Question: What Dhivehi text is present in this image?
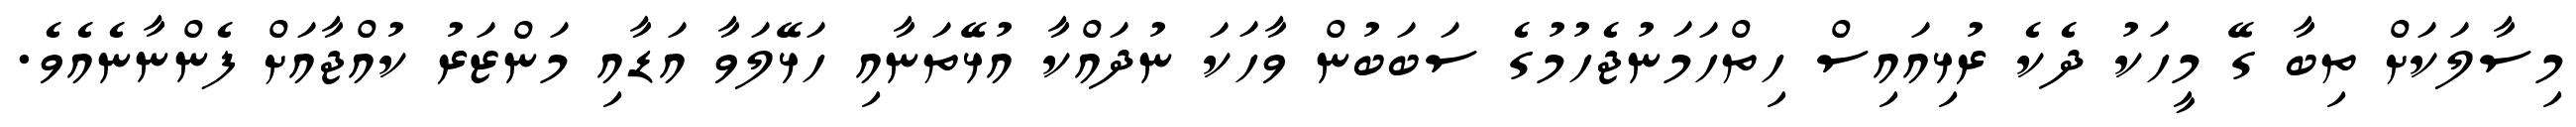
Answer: މިސާލަކަށް ތިބާ ގޭ މީހަކު ދެކެ ރުޅިއައިސް ހިތްހަމަނުޖެހުމުގެ ސަބަބުން ވާހަކަ ނުދައްކާ އުޅޭތަނާއި ހަޅޭލަވާ އަޑާއި މަންޒަރު ކުއްޖާއަށް ފެންނާނެއެވެ.